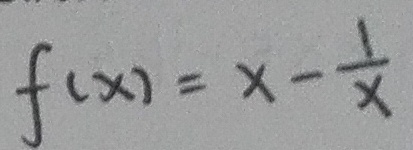
f ( x ) = x - \frac { 1 } { x }